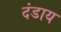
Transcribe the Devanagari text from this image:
दंडाय